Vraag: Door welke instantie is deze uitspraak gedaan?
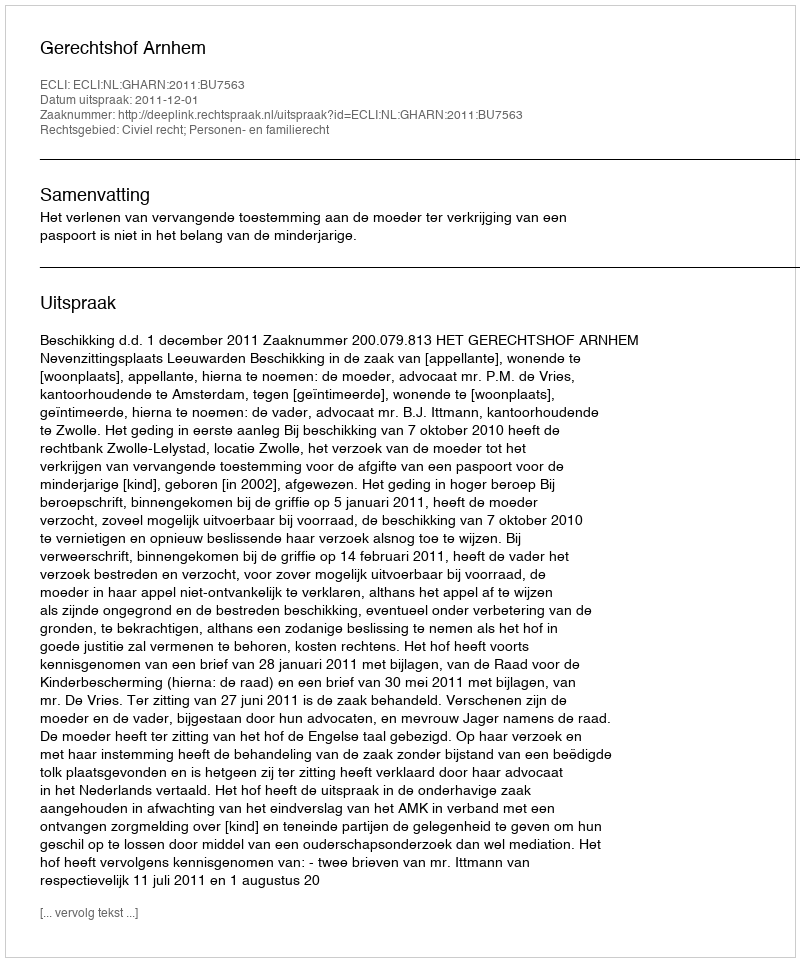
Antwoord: Gerechtshof Arnhem